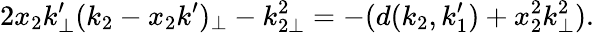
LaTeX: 2x_{2}k_{\perp}^{\prime}(k_{2}-x_{2}k^{\prime})_{\perp}-k_{2\perp}^{2}=-(d(k_{2},k_{1}^{\prime})+x_{2}^{2}k_{\perp}^{2}).